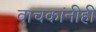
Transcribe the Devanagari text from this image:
वाचकांनीही